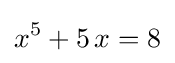
x^{5}+5\,x=8